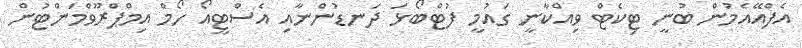
އެފްއޭއެމުން ބުނީ ޓިކެޓް ވިއްކާނީ ގައުމީ ފުޓްބޯޅަ ދަނޑުންނާއި އެސްޓީއޯ ހޯމް އިމްޕްރޫވްމަންޓުން